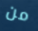
من